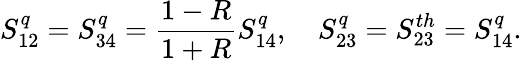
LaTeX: S_{12}^{q}=S_{34}^{q}=\frac{1-R}{1+R}S_{14}^{q},\quad S_{23}^{q}=S_{23}^{th}=S_{14}^{q}.